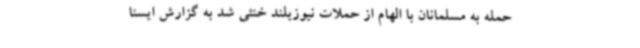
حمله به مسلمانان با الهام از حملات نیوزیلند خنثی شد به گزارش ایسنا